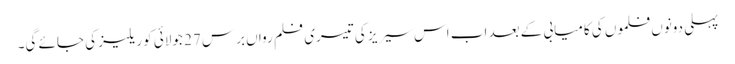
پہلی دونوں فلموں کی کامیابی کے بعد اب اس سیریز کی تیسری فلم رواں برس 27 جولائی کو ریلیز کی جائے گی۔